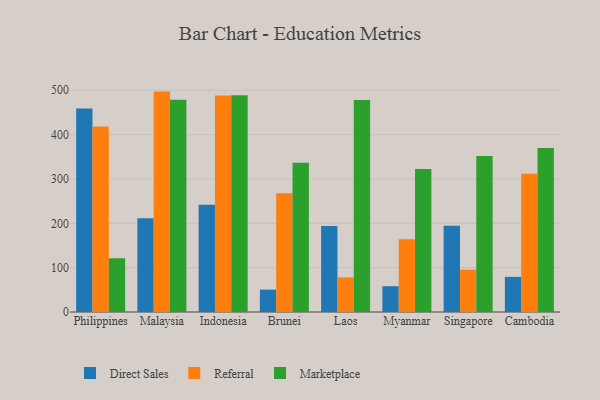
{"axis": {"x": "Country", "y": "Energy Usage (MWh)"}, "legend": ["Direct Sales", "Marketplace", "Referral"], "data": [{"x": "Philippines", "y": 459.1, "type": "Direct Sales"}, {"x": "Philippines", "y": 418.1, "type": "Referral"}, {"x": "Philippines", "y": 121.0, "type": "Marketplace"}, {"x": "Malaysia", "y": 211.4, "type": "Direct Sales"}, {"x": "Malaysia", "y": 497.0, "type": "Referral"}, {"x": "Malaysia", "y": 478.6, "type": "Marketplace"}, {"x": "Indonesia", "y": 241.7, "type": "Direct Sales"}, {"x": "Indonesia", "y": 488.0, "type": "Referral"}, {"x": "Indonesia", "y": 488.9, "type": "Marketplace"}, {"x": "Brunei", "y": 50.4, "type": "Direct Sales"}, {"x": "Brunei", "y": 267.6, "type": "Referral"}, {"x": "Brunei", "y": 336.4, "type": "Marketplace"}, {"x": "Laos", "y": 193.7, "type": "Direct Sales"}, {"x": "Laos", "y": 78.0, "type": "Referral"}, {"x": "Laos", "y": 478.3, "type": "Marketplace"}, {"x": "Myanmar", "y": 58.1, "type": "Direct Sales"}, {"x": "Myanmar", "y": 164.0, "type": "Referral"}, {"x": "Myanmar", "y": 322.6, "type": "Marketplace"}, {"x": "Singapore", "y": 194.3, "type": "Direct Sales"}, {"x": "Singapore", "y": 95.5, "type": "Referral"}, {"x": "Singapore", "y": 351.7, "type": "Marketplace"}, {"x": "Cambodia", "y": 79.2, "type": "Direct Sales"}, {"x": "Cambodia", "y": 311.8, "type": "Referral"}, {"x": "Cambodia", "y": 369.9, "type": "Marketplace"}]}